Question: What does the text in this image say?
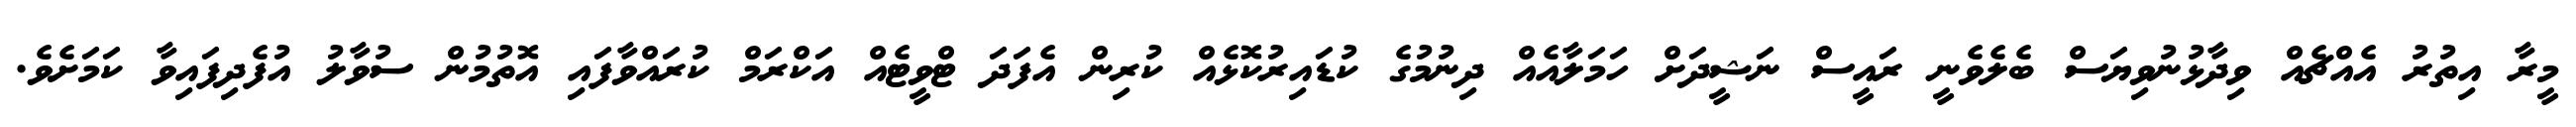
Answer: މީރާ އިތުރު އެއްޗެއް ވިދާޅުނުވިޔަސް ބެލެވެނީ ރައީސް ނަޝީދަށް ހަމަލާއެއް ދިނުމުގެ ކުޑައިރުކޮޅެއް ކުރިން އެފަދަ ޓްވީޓެއް އަކްރަމް ކުރައްވާފައި އޮތުމުން ސުވާލު އުފެދިފައިވާ ކަމަށެވެ.